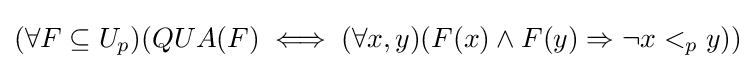
(\forall F\subseteq U_{p})(QUA(F)\iff (\forall x,y)(F(x)\wedge F(y)\Rightarrow \neg x<_{p}y))